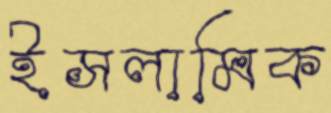
ইসলামিক